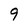
Character: 9